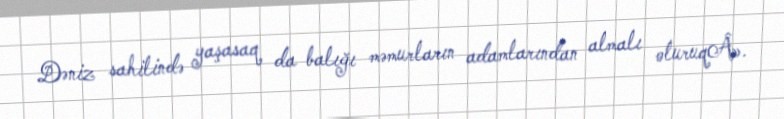
Dəniz sahilində yaşasaq da balığı məmurların adamlarından almalı oluruqÂ».